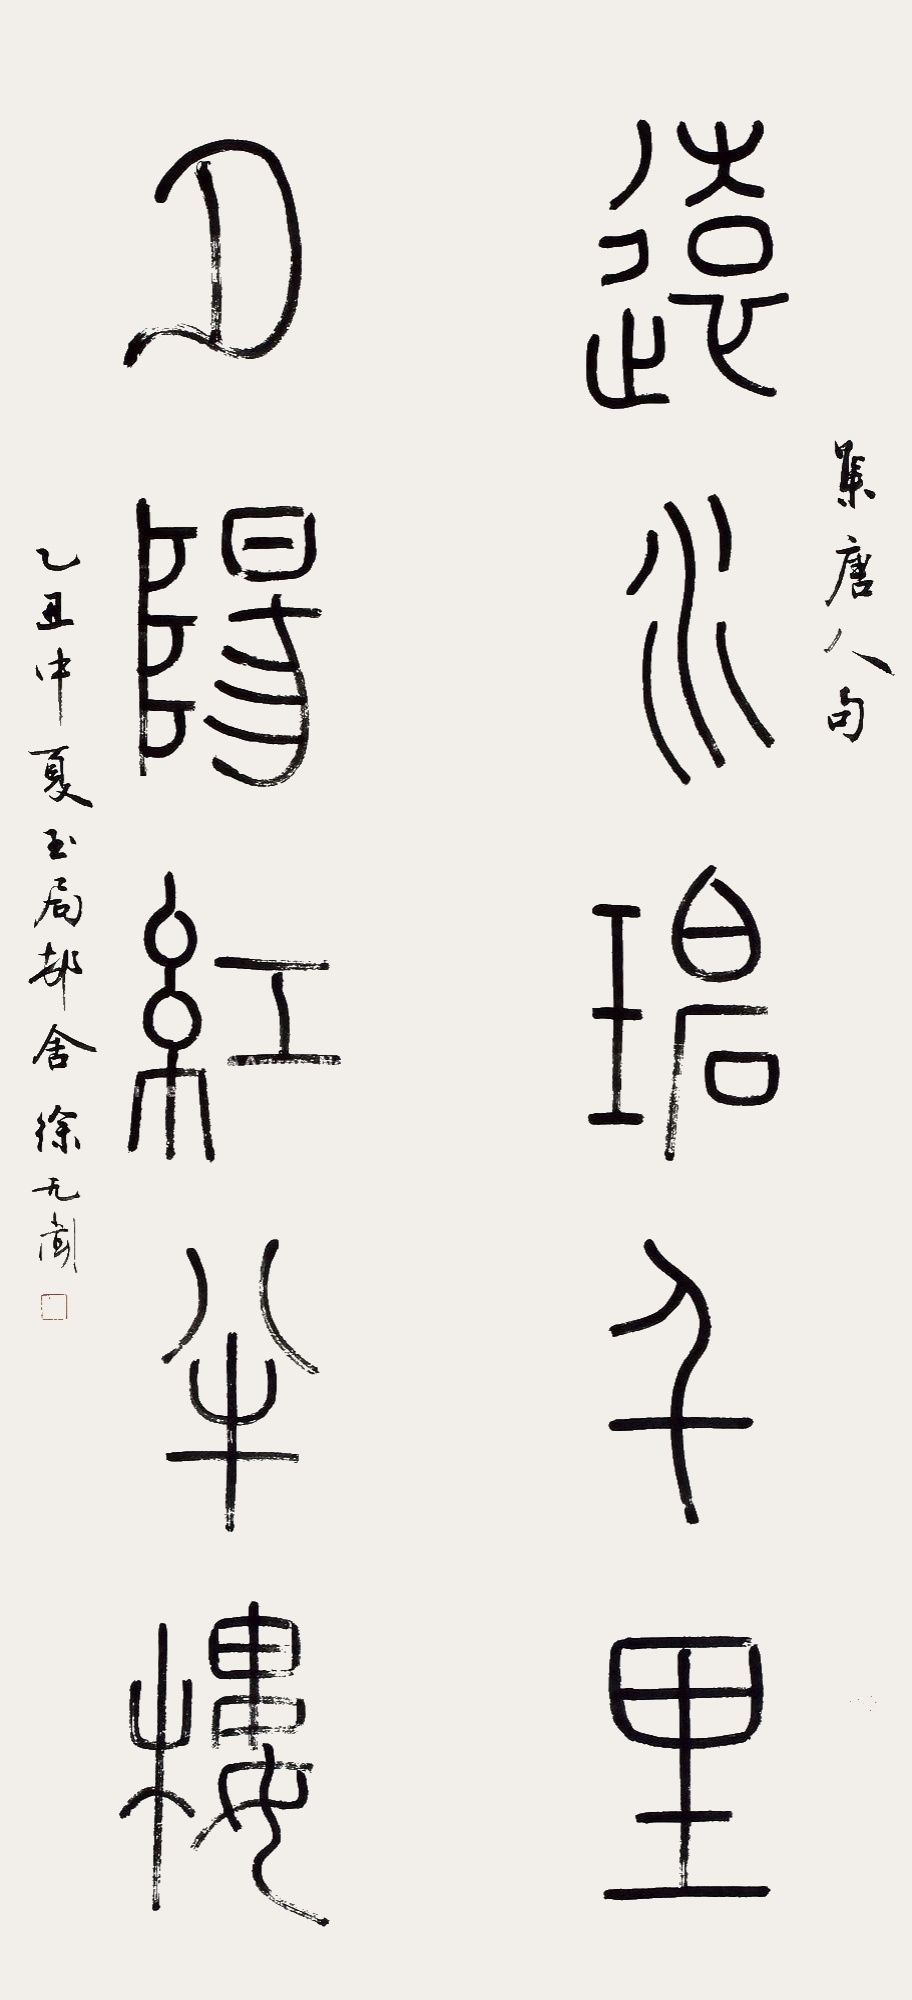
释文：远水碧千里，夕阳红半楼。集唐人句，乙丑仲夏，玉局邨舍徐无闻。